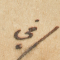
في